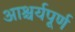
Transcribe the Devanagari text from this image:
आश्चर्यपूर्ण